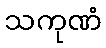
သကုဏံ